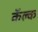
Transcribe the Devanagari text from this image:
कॅल्क